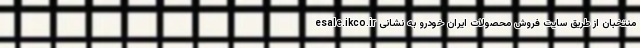
منتخبان از طریق سایت فروش محصولات ایران خودرو به نشانی esale.ikco.ir